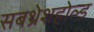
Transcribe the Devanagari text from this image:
सबथ्रेशहोल्ड